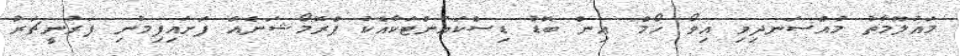
މައުލޫމާތު މުއްސަނދިވި އިވޯ ހޯމް" އިން ބޮޑު ޑިސްކައުންޓަކާއެކު ޕްރޮމޯޝަނެއް ފަށައިފިމުނި ފަރުނީޗަރު